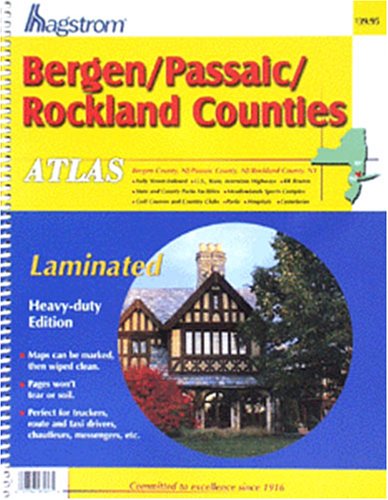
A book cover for Bergen/Passaic/Rockland Laminated Atlas; Hagstrom; Travel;